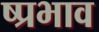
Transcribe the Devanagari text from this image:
ष्प्रभाव